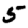
Digit: 5